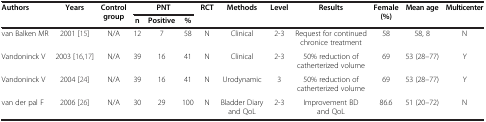
| <ROWSPAN=2> Authors | <ROWSPAN=2> Years | <ROWSPAN=2> Control group | <COLSPAN=3> PNT | <ROWSPAN=2> RCT | <ROWSPAN=2> Methods | <ROWSPAN=2> Level | <ROWSPAN=2> Results | <ROWSPAN=2> Female (%) | <ROWSPAN=2> Mean age | <ROWSPAN=2> Multicenter |
 | n | Positive | % |
 | --- | --- | --- | --- | --- | --- | --- | --- | --- | --- | --- | --- | --- |
 | van Balken MR | 2001 [15] | N/A | 12 | 7 | 58 | N | Clinical | 2-3 | Request for continued chronice treatment | 58 | 58, 8 | N |
 | Vandoninck V | 2003 [16,17] | N/A | 39 | 16 | 41 | N | Clinical | 2-3 | 50% reduction of catherterized volume | 69 | 53 (28–77) | Y |
 | Vandoninck V | 2004 [24] | N/A | 39 | 16 | 41 | N | Urodynamic | 3 | 50% reduction of catherterized volume | 69 | 53 (28–77) | Y |
 | van der pal F | 2006 [26] | N/A | 30 | 29 | 100 | N | Bladder Diary and QoL | 2-3 | Improvement BD and QoL | 86.6 | 51 (20–72) | N |